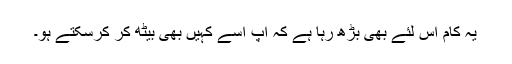
یہ کام اس لئے بھی بڑھ رہا ہے کہ آپ اسے کہیں بھی بیٹھ کر کرسکتے ہو۔